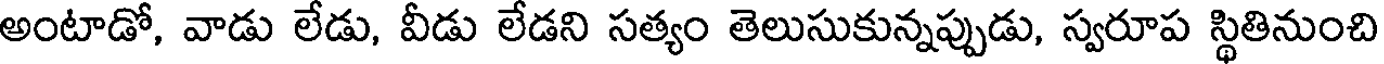
అంటాడో, వాడు లేడు, వీడు లేడని సత్యం తెలుసుకున్నప్పుడు, స్వరూప స్థితినుంచి